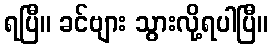
ရပြီ။ ခင်ဗျား သွားလို့ရပါပြီ။